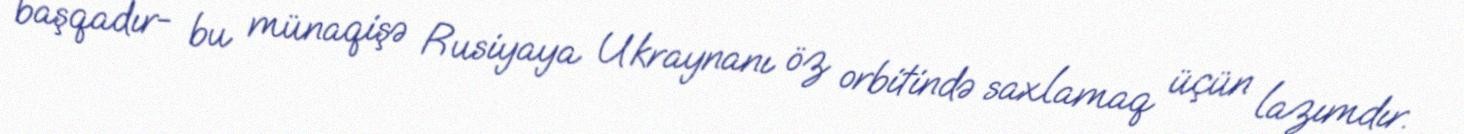
başqadır- bu münaqişə Rusiyaya Ukraynanı öz orbitində saxlamaq üçün lazımdır.